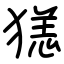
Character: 㺊